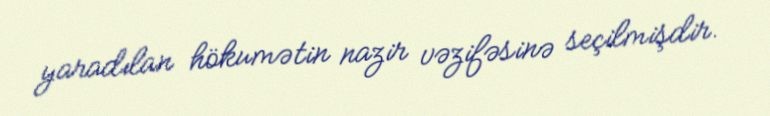
yaradılan hökumətin nazir vəzifəsinə seçilmişdir.